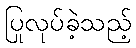
ပြုလုပ်ခဲ့သည့်